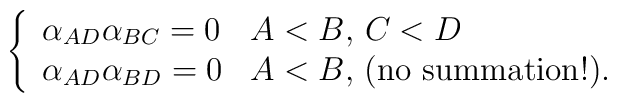
\left  \{\begin{array}{ll}\alpha_{AD}\alpha_{BC}=0 & \mbox{$A<B,\, C<D$}\\\alpha_{AD}\alpha_{BD}=0 & \mbox{$A<B$, (no summation!).}  \end{array}\right.